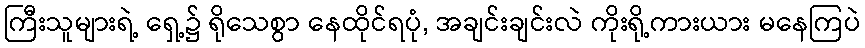
ကြီးသူများရဲ့ ရှေ့၌ ရိုသေစွာ နေထိုင်ရပုံ, အချင်းချင်းလဲ ကိုးရို့ကားယား မနေကြပဲ